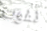
نفوت